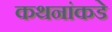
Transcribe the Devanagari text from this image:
कथनांकडे